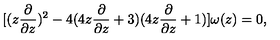
[ ( z \frac { \partial } { \partial z } ) ^ { 2 } - 4 ( 4 z \frac { \partial } { \partial z } + 3 ) ( 4 z \frac { \partial } { \partial z } + 1 ) ] \omega ( z ) = 0 ,